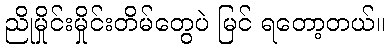
ညိုမှိုင်းမှိုင်းတိမ်တွေပဲ မြင် ရတော့တယ်။